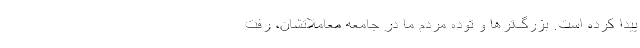
پیدا کرده است. بزرگ‌تر‌ها و توده مردم ما در جامعه معاملاتشان، رفت